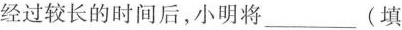
经过较长的时间后，小明将___(填